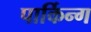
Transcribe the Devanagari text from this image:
पार्किन्ग